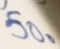
5 0 。